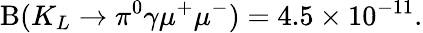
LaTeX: \mathrm{B}(K_{L}\rightarrow\pi^{0}\gamma\mu^{+}\mu^{-})=4.5\times 10^{-11}.